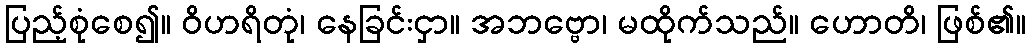
ပြည့်စုံစေ၍။ ဝိဟရိတုံ၊ နေခြင်းငှာ။ အဘဗ္ဗော၊ မထိုက်သည်။ ဟောတိ၊ ဖြစ်၏။